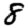
Digit: 8